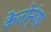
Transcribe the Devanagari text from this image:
केतोर्नृणां